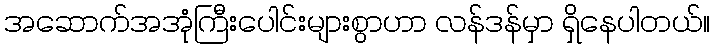
အဆောက်အအုံကြီးပေါင်းများစွာဟာ လန်ဒန်မှာ ရှိနေပါတယ်။